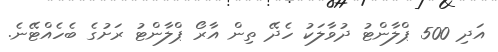
އަދި 500 ޕްލާންޓު ދުވާލަކު ހެދޭ ތިން އާރޯ ޕްލާންޓު ރަށުގެ ބެހެއްޓޭނެ.